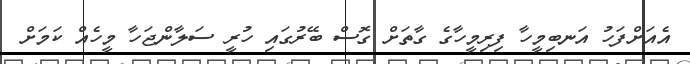
އެއަށްފަހު އަނބިމީހާ ފިރިމީހާގެ ގާތަށް ގޮސް ބޭރުގައި ހުރީ ސަލާންޖަހާ މީހެއް ކަމަށް